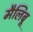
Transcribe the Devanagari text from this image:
मैलिबू